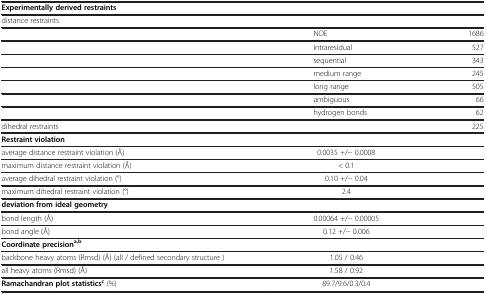
<table><thead><tr><td><b>Experimentally derived restraints</b></td><td><b> </b></td><td><b> </b></td></tr></thead><tbody><tr><td>distance restraints</td><td> </td><td> </td></tr><tr><td> </td><td>NOE</td><td>1686</td></tr><tr><td> </td><td>intraresidual</td><td>527</td></tr><tr><td> </td><td>sequential</td><td>343</td></tr><tr><td> </td><td>medium range</td><td>245</td></tr><tr><td> </td><td>long range</td><td>505</td></tr><tr><td> </td><td>ambiguous</td><td>66</td></tr><tr><td> </td><td>hydrogen bonds</td><td>62</td></tr><tr><td>dihedral restraints</td><td> </td><td>225</td></tr><tr><td><b>Restraint violation</b></td><td> </td><td> </td></tr><tr><td>average distance restraint violation (Å)</td><td>0.0035 +/− 0.0008</td><td> </td></tr><tr><td>maximum distance restraint violation (Å)</td><td>&lt; 0.1</td><td> </td></tr><tr><td>average dihedral restraint violation (°)</td><td>0.10 +/− 0.04</td><td> </td></tr><tr><td>maximum dihedral restraint violation (°)</td><td>2.4</td><td> </td></tr><tr><td><b>deviation from ideal geometry</b></td><td> </td><td> </td></tr><tr><td>bond length (Å)</td><td>0.00064 +/− 0.00005</td><td> </td></tr><tr><td>bond angle (Å)</td><td>0.12 +/− 0.006</td><td> </td></tr><tr><td><b>Coordinate precision</b><sup><b>a,b</b></sup></td><td> </td><td> </td></tr><tr><td>backbone heavy atoms (Rmsd) (Å) (all / defined secondary structure )</td><td>1.05 / 0.46</td><td> </td></tr><tr><td>all heavy atoms (Rmsd) (Å)</td><td>1.58 / 0.92</td><td> </td></tr><tr><td><b>Ramachandran plot statistics</b><sup><b>c</b></sup> (%)</td><td>89.7/9.6/0.3/0.4</td><td> </td></tr></tbody></table>